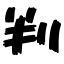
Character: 判